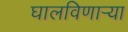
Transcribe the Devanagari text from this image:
घालविणार्‍या